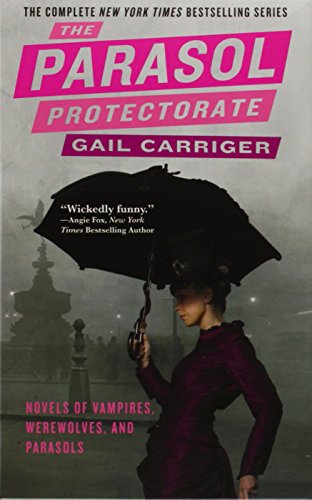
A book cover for The Parasol Protectorate Boxed Set: Soulless, Changeless, Blameless, Heartless and Timeless; Gail Carriger; Science Fiction & Fantasy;